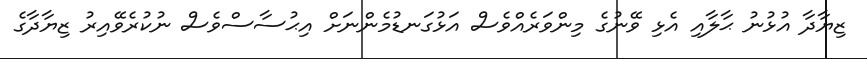
ޒިޔާދާ އުޅުނު ޙާލާއި އެޅި ވޭނުގެ މިންވަރެއްވެސް އަޅުގަނޑުމެންނަށް އިޙުސާސްވެސް ނުކުރެވޭއިރު ޒިޔާދާގެ